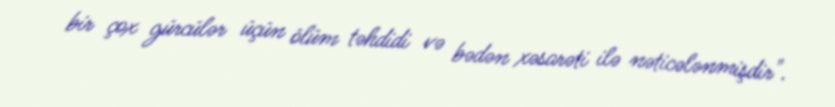
bir çox gürcülər üçün ölüm təhdidi və bədən xəsarəti ilə nəticələnmişdir".